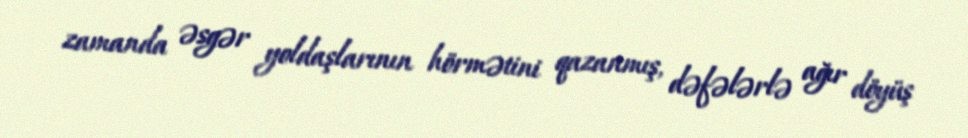
zamanda əsgər yoldaşlarının hörmətini qazanmış, dəfələrlə ağır döyüş